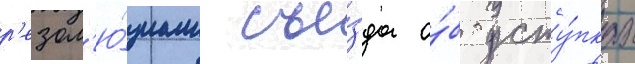
р'езол'ю́циам съе́зда о́б усту́пках